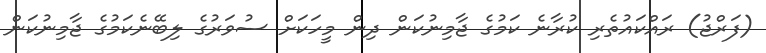
(ފަރްޖު) ރައްކައުތެރި ކުރާނެ ކަމުގެ ޖާމިނުކަން ދިން މީހަކަށް ސުވަރުގެ ލިބޭނެކަމުގެ ޖާމިނުކަން